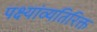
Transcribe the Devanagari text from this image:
पक्ष्यांव्यतिरिक्त